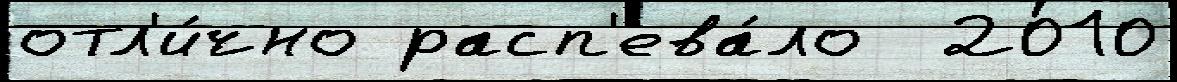
отл'и́чно расп'ева́ло  2010